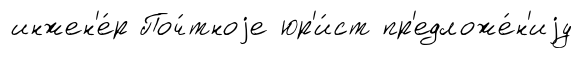
инжен'е́р Поч́тноjе юр'и́ст пр'едложе́н'иjу